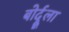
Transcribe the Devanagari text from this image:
बोर्दूला